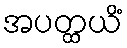
အပတ္ထယိံ